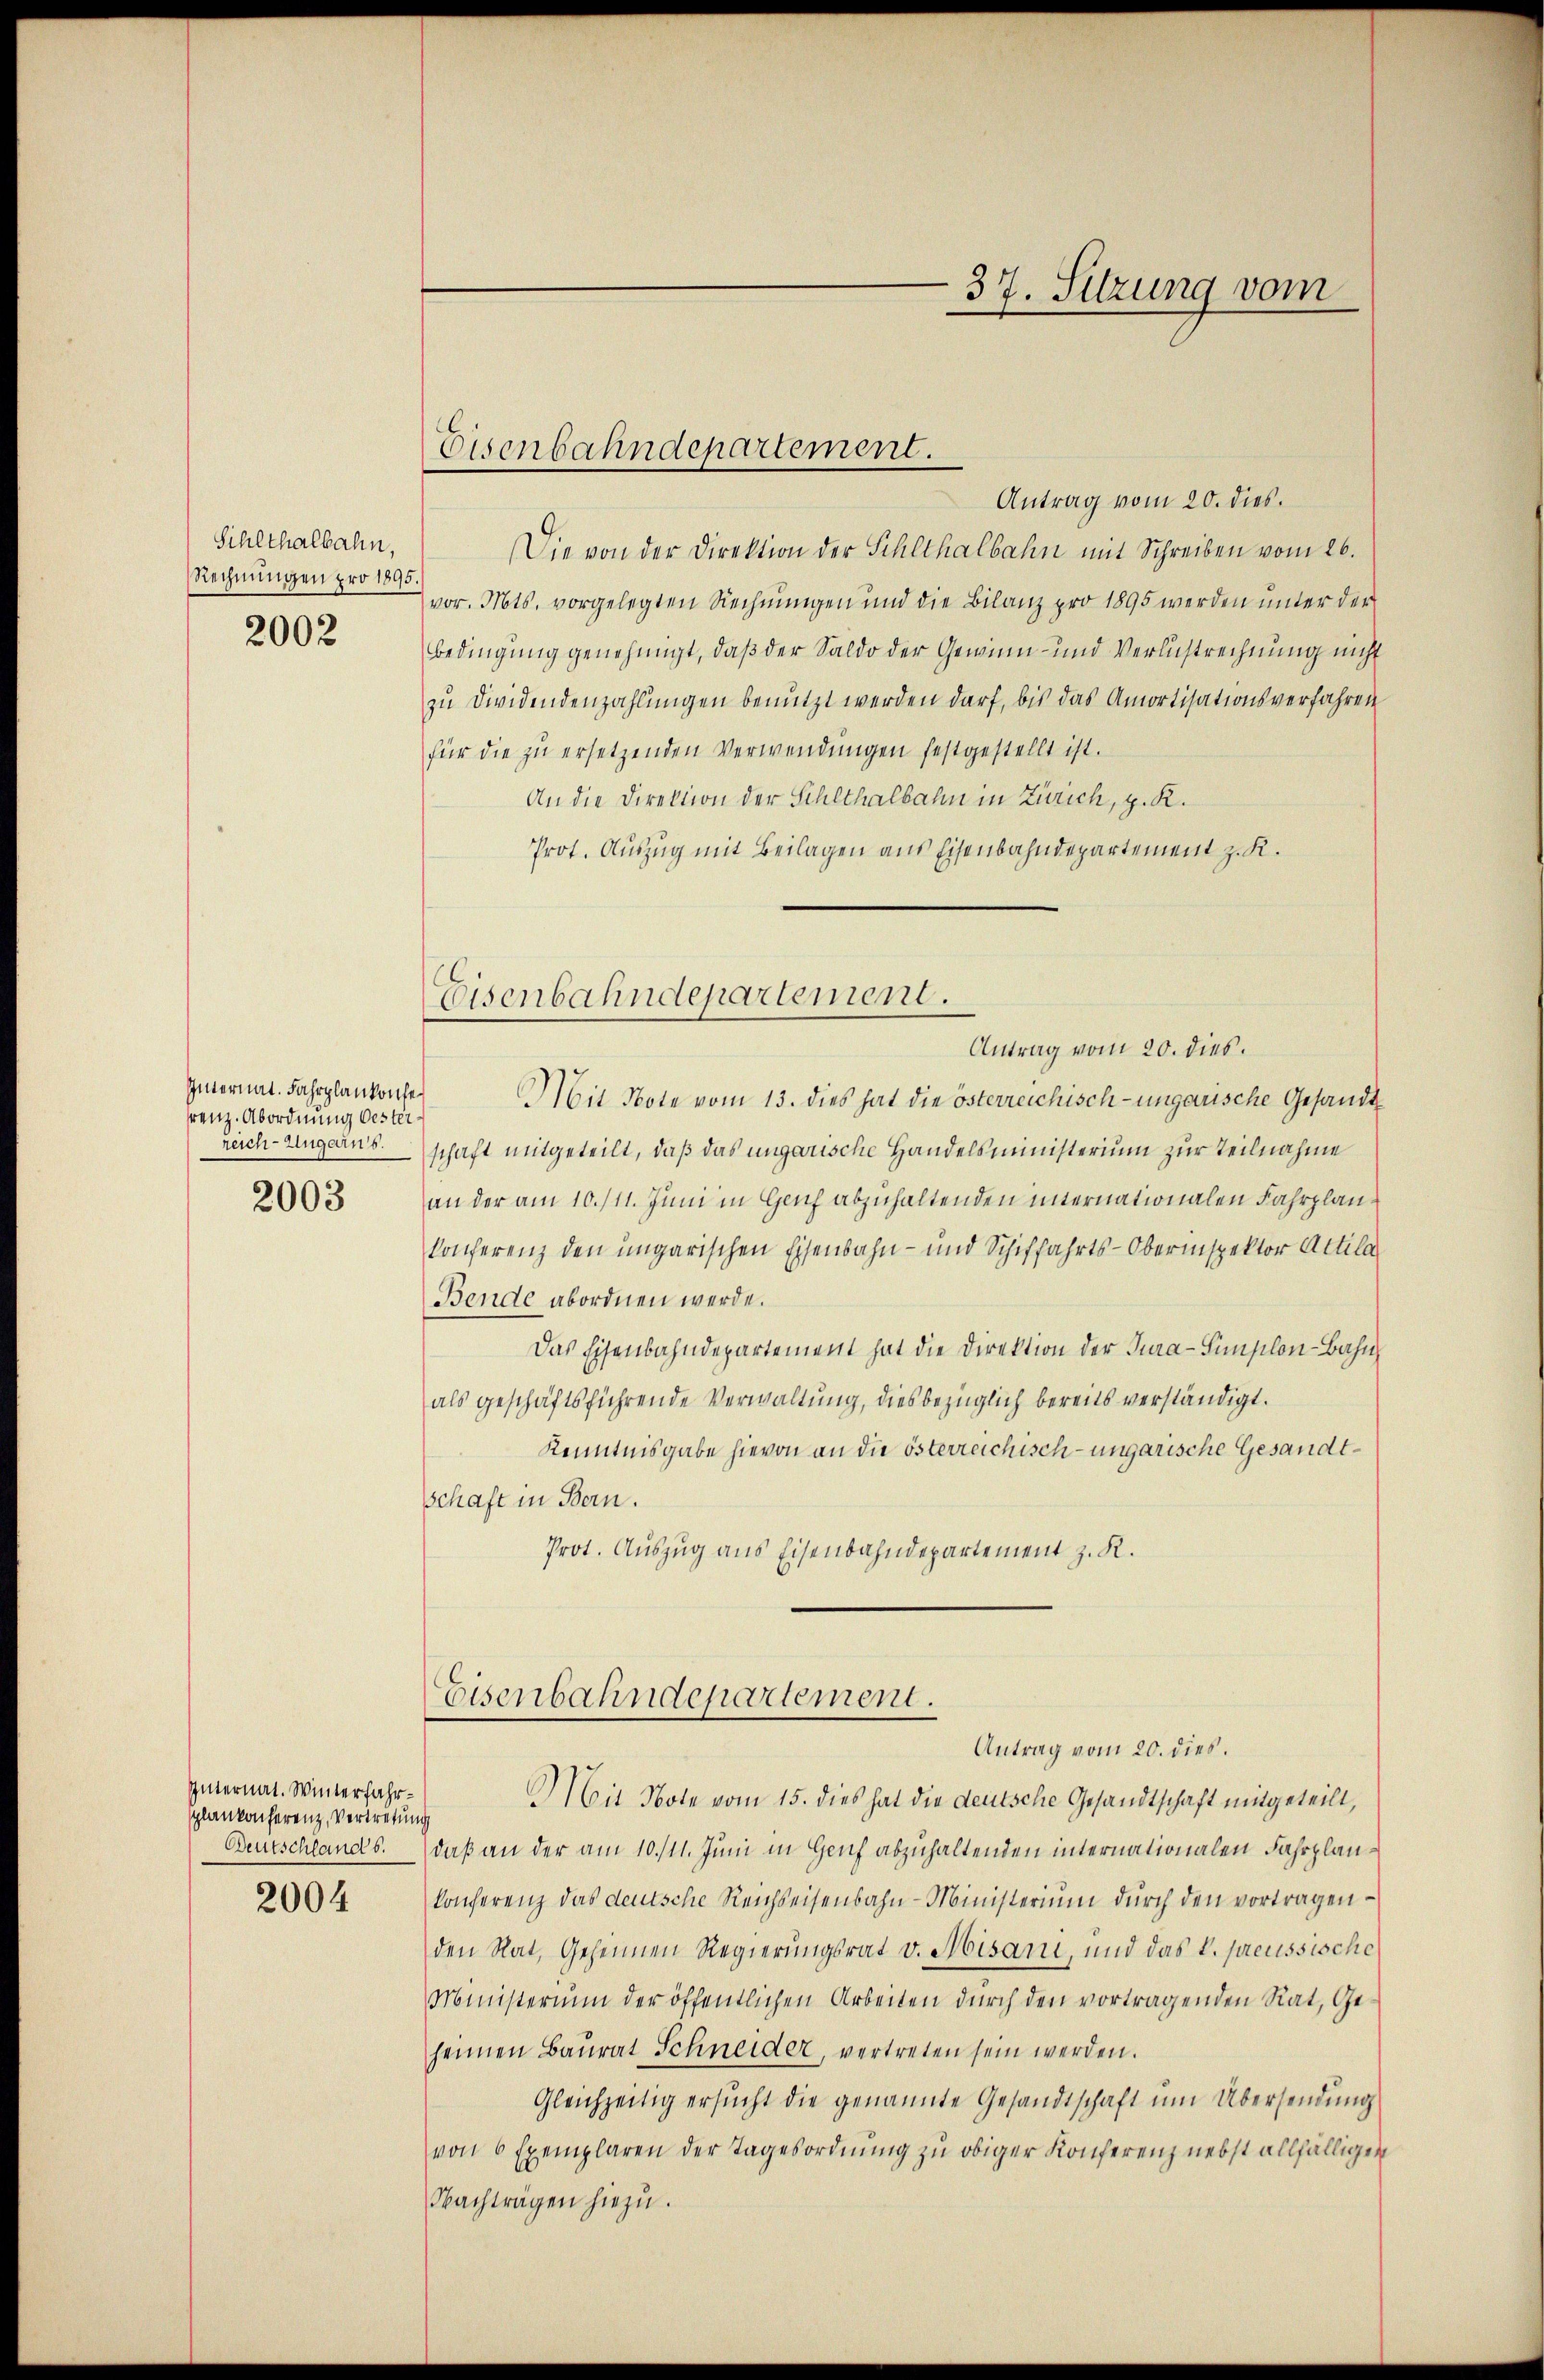
Sihlthalbahn,
Rechnungen pro 1895
2002

Internat. Fahrplankonse
renz. Abordnung Oesterreich-Ungarns.
2003

Internat. Winterfahrsplankonferenz, Vertretung
Deutschland 6.
2004

Eisenbahndepartement.

Eisenbahndepartement.

Antrag vom 20. dies.
Die von der Direktion der Schlthalbahn mit Schreiben vom 26.
vor. Mts. vorgelegten Rechnungen und die Bilanz pro 1895 werden unter der
Bedingung genehmigt, daß der Saldo der Gewinn- und Verlustrechnung nicht
zu Dividendenzahlungen benutzt werden darf, bis das Amortisationsverfahren
für die zu ersetzenden Verwendungen festgestellt ist.
An die Direktion der Schlthalbahn in Zürich, p. K.
Prot. Auszug mit Beilagen aus Eisenbahndepartement z. K.
Antrag vom 20. dies.
it Note vom 13. dies hat die österreichisch-ungarische Gesandtschaft mitgeteilt, daß das ungarische Handelsministerium zur Teilnahme
an der am 10./11. Juni in Genf abzuhaltenden internationalen Fahrplankonferenz den ungarischen Eisenbahn- und Schiffahrts-Oberinspektor Attila
Bende abordnen werde.
Das Eisenbahndepartement hat die Direktion der Jura-Simplon-Bahn
als geschäftsführende Verwaltung, diesbezüglich bereits verständigt.
Kenntnisgabe hievon an die österreichisch-ungarische Gesandtschaft in Bern.
Prot. Auszug aus Eisenbahndepartement z. K.

Eisenbahndepartement.
Antrag vom 20. dies.

37. Sitzung vom

Mit Note vom 15. dies hat die deutsche Gesandtschaft mitgeteilt,
daß an der am 10./11. Juni in Genf abzuhaltenden internationalen Fahrplankonferenz das deutsche Reichseisenbahn-Ministerium dŭrch den vortragenden Rat, Geheimen Regierungsrat v. Misani, und das k. preussische
Ministerium der öffentlichen Arbeiten dŭrch den vortragenden Rat, Geheimen Baŭrat Schneider, vertreten sein werden.
Gleichzeitig ersŭcht die genannte Gesandtschaft ŭm Übersendung
von 6 Exemplaren der Tagesordnŭng zu obiger Konferenz nebst allfälligen
Nachträgen hiezŭ.